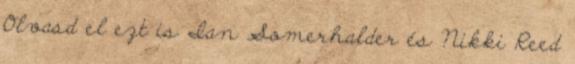
Olvasd el ezt is Ian Somerhalder és Nikki Reed